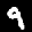
Label: 9